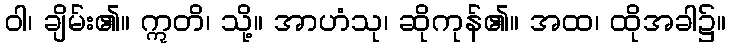
ဝါ၊ ချိမ်း၏။ ဣတိ၊ သို့။ အာဟံသု၊ ဆိုကုန်၏။ အထ၊ ထိုအခါ၌။